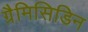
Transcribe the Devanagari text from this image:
ग्रैमिसिडिन